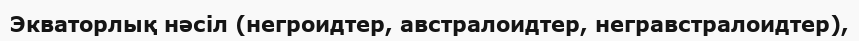
Экваторлық нәсіл (негроидтер, австралоидтер, негравстралоидтер),